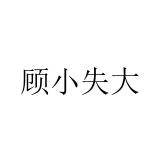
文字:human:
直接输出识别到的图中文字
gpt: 顾小失大